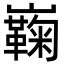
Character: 巈